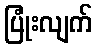
ပြုံးလျက်